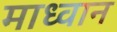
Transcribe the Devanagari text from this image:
माध्वान